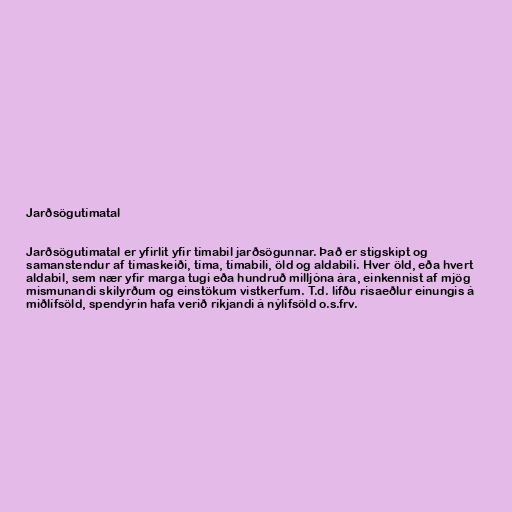
Jarðsögutímatal

Jarðsögutímatal er yfirlit yfir tímabil jarðsögunnar. Það er stigskipt og
samanstendur af tímaskeiði, tíma, tímabili, öld og aldabili. Hver öld, eða hvert
aldabil, sem nær yfir marga tugi eða hundruð milljóna ára, einkennist af mjög
mismunandi skilyrðum og einstökum vistkerfum. T.d. lifðu risaeðlur einungis á
miðlífsöld, spendýrin hafa verið ríkjandi á nýlífsöld o.s.frv.